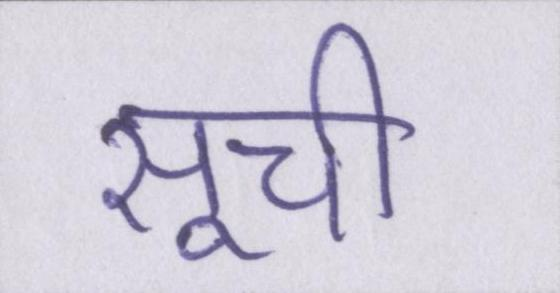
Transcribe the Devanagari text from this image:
सूची